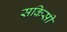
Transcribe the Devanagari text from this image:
सकिसी